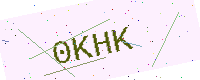
Text: 0KHK